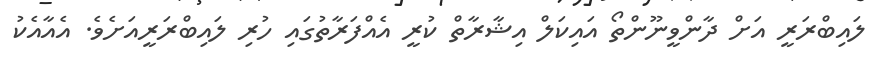
ލައިބްރަރީ އަށް ދާންވީނޫންތޯ އައިކަލް އިޝާރާތް ކުރީ އެއްފަރާތުގައި ހުރި ލައިބްރަރީއަށެވެ. އެއާއެކު